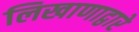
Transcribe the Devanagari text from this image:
लिखाणाद्वारे